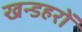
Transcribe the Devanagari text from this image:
खन्डहरों